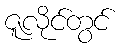
ဇူလိုင်တွင်